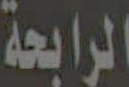
الرابعة